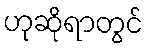
ဟုဆိုရာတွင်